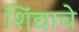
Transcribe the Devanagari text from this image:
शिंद्याचे